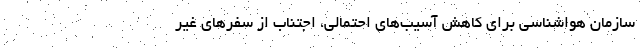
سازمان هواشناسی برای کاهش آسیب‌های احتمالی، اجتناب از سفرهای غیر